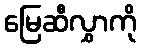
မြေဆီလွှာကို